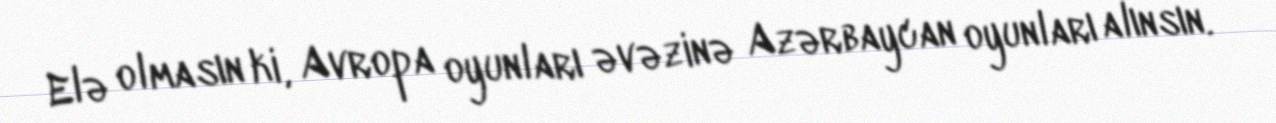
Elə olmasın ki, Avropa oyunları əvəzinə Azərbaycan oyunları alınsın.